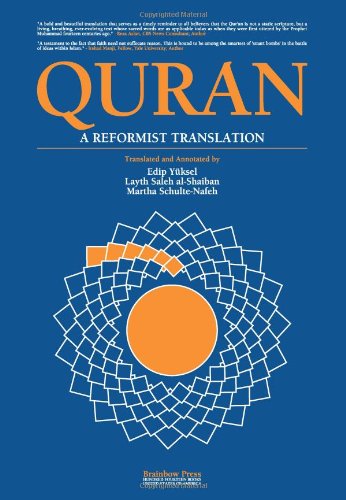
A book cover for Quran: A Reformist Translation (Koran, Kuran in Modern English); Teen & Young Adult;